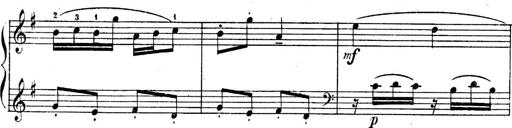
Title: Sonatines
Composer: Hedwige ChrÃ©tien